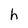
Character: h